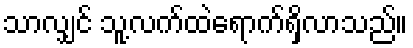
သာလျှင် သူ့လက်ထဲရောက်ရှိလာသည်။